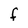
Character: f